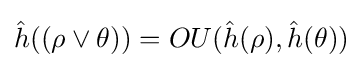
{\hat {h}}({(\rho \lor \theta )})=OU({\hat {h}}(\rho ),{\hat {h}}(\theta ))